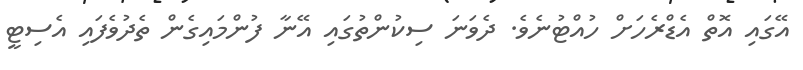
އޭގައި އޮތް އެޑްރެހަށް ހުއްޓުނެވެ. ދެވަނަ ސިކުންތުގައި އޭނާ ފުންމައިގެން ތެދުވެފައި އެސިޓީ